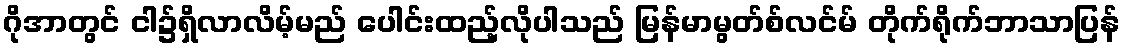
ဂိုအာတွင် ငါ၌ရှိလာလိမ့်မည် ပေါင်းထည့်လိုပါသည် မြန်မာမွတ်စ်လင်မ် တိုက်ရိုက်ဘာသာပြန်